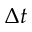
\Delta t